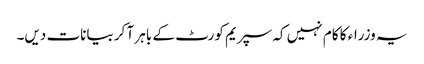
یہ وزراء کا کام نہیں کہ سپریم کورٹ کے باہر آ کر بیانات دیں۔